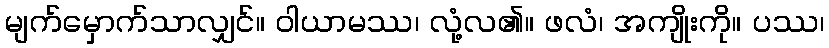
မျက်မှောက်သာလျှင်။ ဝါယာမဿ၊ လုံ့လ၏။ ဖလံ၊ အကျိုးကို။ ပဿ၊